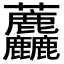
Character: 𧆓